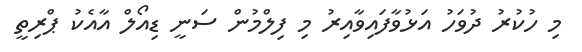
މި ހުކުރު ދުވަހު އަޅުވާފައިވާއިރު މި ފިލްމުން ސަނީ ޑިއޯލް އާއެކު ޕްރިތީ